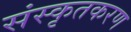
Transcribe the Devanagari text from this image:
संस्कृतकरण